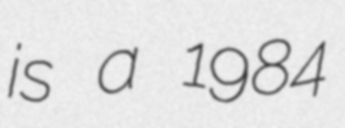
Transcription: is a 1984